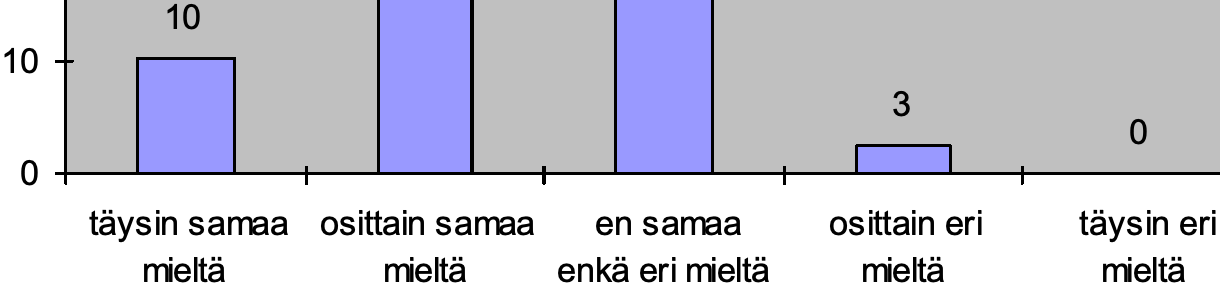
10 10 3 0 0 täysin samaa osittain samaa en samaa osittain eri täysin eri mieltä  mieltä enkä eri mieltä mieltä mieltä